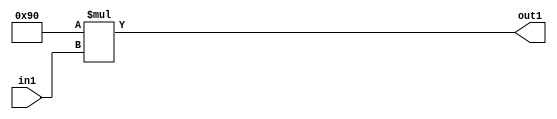
`timescale 1ps / 1ps
/*****************************************************************************
    Verilog RTL Description
    
    
    Created by: Stratus DpOpt 2019.1.01 
*******************************************************************************/

module SobelFilter_Mul2i144u8_4 (
	in1,
	out1
	); /* architecture "behavioural" */ 
input [7:0] in1;
output [15:0] out1;
wire [15:0] asc001;

assign asc001 = 
	+(16'B0000000010010000 * in1);

assign out1 = asc001;
endmodule

/* CADENCE  urn3Sws= : u9/ySgnWtBlWxVPRXgAZ4Og= ** DO NOT EDIT THIS LINE ******/